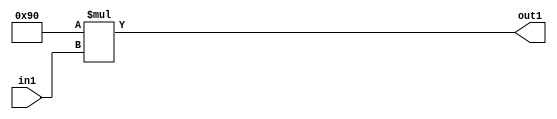
`timescale 1ps / 1ps
/*****************************************************************************
    Verilog RTL Description
    
    
    Created by: Stratus DpOpt 2019.1.01 
*******************************************************************************/

module SobelFilter_Mul2i144u8_4 (
	in1,
	out1
	); /* architecture "behavioural" */ 
input [7:0] in1;
output [15:0] out1;
wire [15:0] asc001;

assign asc001 = 
	+(16'B0000000010010000 * in1);

assign out1 = asc001;
endmodule

/* CADENCE  urn3Sws= : u9/ySgnWtBlWxVPRXgAZ4Og= ** DO NOT EDIT THIS LINE ******/